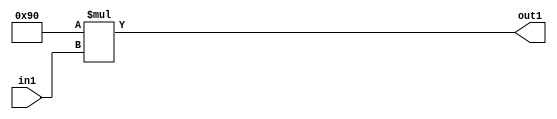
`timescale 1ps / 1ps
/*****************************************************************************
    Verilog RTL Description
    
    
    Created by: Stratus DpOpt 2019.1.01 
*******************************************************************************/

module SobelFilter_Mul2i144u8_4 (
	in1,
	out1
	); /* architecture "behavioural" */ 
input [7:0] in1;
output [15:0] out1;
wire [15:0] asc001;

assign asc001 = 
	+(16'B0000000010010000 * in1);

assign out1 = asc001;
endmodule

/* CADENCE  urn3Sws= : u9/ySgnWtBlWxVPRXgAZ4Og= ** DO NOT EDIT THIS LINE ******/